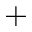
^ +